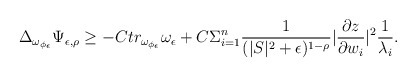
\begin{align*} \Delta_{\omega_{\phi_{\epsilon}}}\Psi_{\epsilon,\rho}\geq -Ctr_{\omega_{\phi_{\epsilon}}}\omega_{\epsilon}+C\Sigma_{i=1}^{n}\frac{1}{(|S|^2+\epsilon)^{1-\rho}}|\frac{\partial z}{\partial w_{i}}|^2\frac{1}{\lambda_i}. \end{align*}